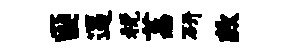
匪逼税荔研款